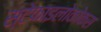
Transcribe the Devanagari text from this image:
स्टेफाइलोकोकस